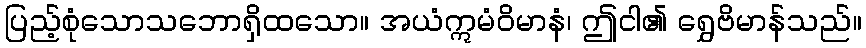
ပြည့်စုံသောသဘောရှိထသော။ အယံဣမံဝိမာနံ၊ ဤငါ၏ ရွှေဗိမာန်သည်။